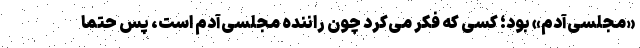
«مجلسی‌آدم» بود؛ کسی که فکر می‌کرد چون راننده مجلسی‌آدم است، پس حتما